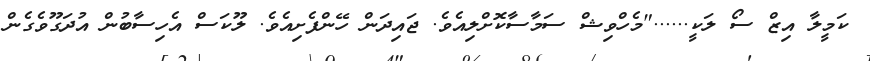
ކަމީލާ އިޒް ސޯ ލަކީ......"މެހްވިޝް ސަމާސާކޮށްލިއެވެ. ޖައިދަން ހޭންފެށިއެވެ. ލޫކަސް އެހިސާބުން އުދަގޫވެގެން